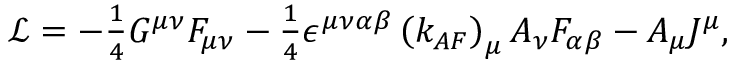
\begin{array} { r } { \mathrm { { \mathcal { L } } } = - \frac { 1 } { 4 } G ^ { \mu \nu } F _ { \mu \nu } - \frac { 1 } { 4 } \epsilon ^ { \mu \nu \alpha \beta } \left( k _ { A F } \right) _ { \mu } A _ { \nu } F _ { \alpha \beta } - A _ { \mu } J ^ { \mu } , } \end{array}